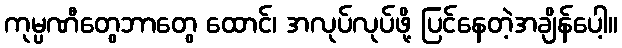
ကုမ္ပဏီတွေဘာတွေ ထောင်၊ အလုပ်လုပ်ဖို့ ပြင်နေတဲ့အချိန်ပေါ့။